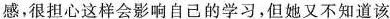
感，很担心这样会影响自己的学习，但她又不知道该